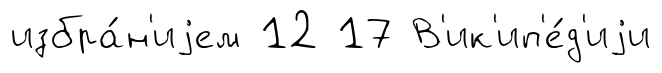
избра́н'иjем 12 17 В'ик'ип'е́д'иjи